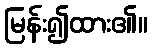
မြန်း၍ထား၏။